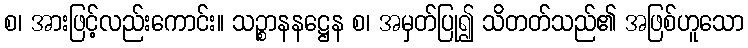
စ၊ အားဖြင့်လည်းကောင်း။ သဉ္စာနနဋ္ဌေန စ၊ အမှတ်ပြု၍ သိတတ်သည်၏ အဖြစ်ဟူသော